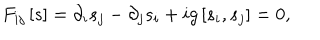
F _ { i j } \left[ s \right] = \partial _ { i } s _ { j } - \partial _ { j } s _ { i } + i g \left[ s _ { i } , s _ { j } \right] = 0 ,